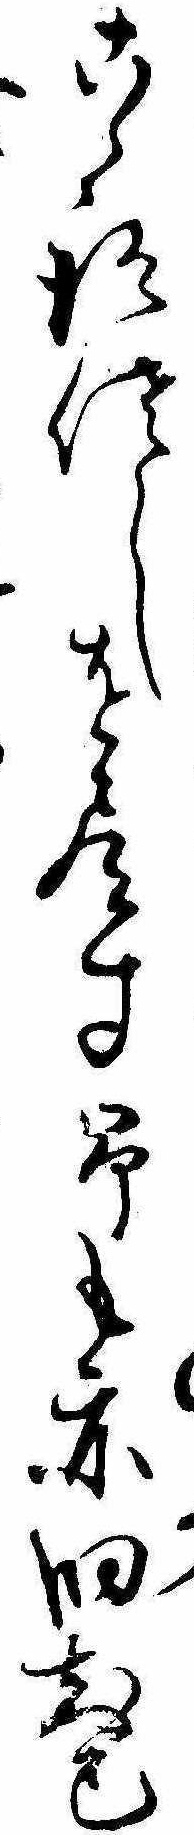
こゝろさしを尽す予も亦旧知己